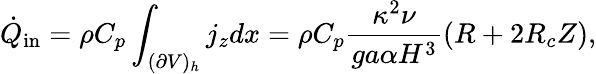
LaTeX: \dot{Q}_{\mathrm{in}}=\rho C_{p}\int_{(\partial V)_{h}}j_{z}dx=\rho C_{p}\frac{\kappa^{2}\nu}{ga\alpha H^{3}}(R+2R_{c}Z),